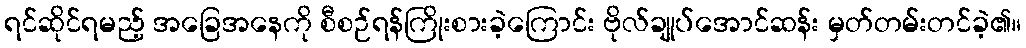
ရင်ဆိုင်ရမည့် အခြေအနေကို စီစဉ်ရန်ကြိုးစားခဲ့ကြောင်း ဗိုလ်ချုပ်အောင်ဆန်း မှတ်တမ်းတင်ခဲ့၏။